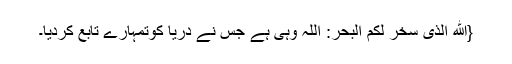
{اَللّٰهُ الَّذِیْ سَخَّرَ لَكُمُ الْبَحْرَ: اللہ وہی ہے جس نے دریا کوتمہارے تابع کردیا۔